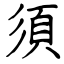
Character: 須